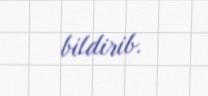
bildirib.